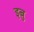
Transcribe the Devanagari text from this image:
इबु